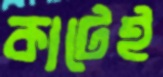
কাটেই